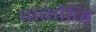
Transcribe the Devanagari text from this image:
पासौनि